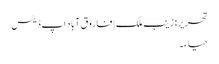
تحریر: زینب ملک | فاروق آباد اَپ ڈیٹس
حیا ء۔